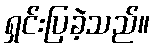
ရှင်းပြခဲ့သည်။